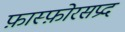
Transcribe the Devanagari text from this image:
फ़ास्फ़ोरसप्रद